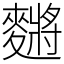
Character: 䵁